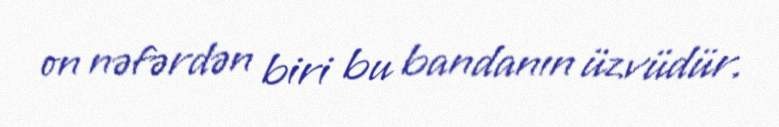
on nəfərdən biri bu bandanın üzvüdür.